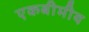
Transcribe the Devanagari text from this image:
एकबीमीय